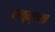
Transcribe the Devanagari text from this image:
शकुन्‍लता